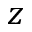
z